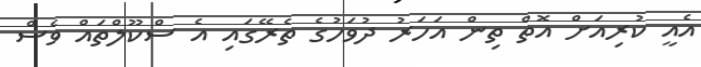
އެއީ ކުރިއަށް އޮތް ތިން އަހަރު ދުވަހުގެ ތެރޭގައި އެ ސްކޫލްތައް ވެސް